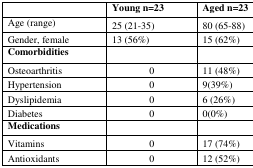
<table><thead><tr><td></td><td><b>Young n=23</b></td><td><b>Aged n=23</b></td></tr></thead><tbody><tr><td>Age (range)</td><td>25 (21-35)</td><td>80 (65-88)</td></tr><tr><td>Gender, female</td><td>13 (56%)</td><td>15 (62%)</td></tr><tr><td><b>Comorbidities</b></td><td></td><td></td></tr><tr><td>Osteoarthritis</td><td>0</td><td>11 (48%)</td></tr><tr><td>Hypertension</td><td>0</td><td>9(39%)</td></tr><tr><td>Dyslipidemia</td><td>0</td><td>6 (26%)</td></tr><tr><td>Diabetes</td><td>0</td><td>0(0%)</td></tr><tr><td><b>Medications</b></td><td></td><td></td></tr><tr><td>Vitamins</td><td>0</td><td>17 (74%)</td></tr><tr><td>Antioxidants</td><td>0</td><td>12 (52%)</td></tr></tbody></table>